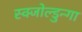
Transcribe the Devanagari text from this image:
स्क्जोल्डुन्गा